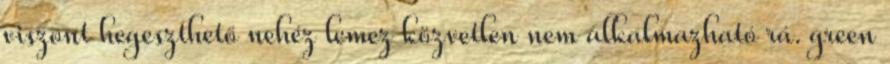
viszont hegeszthető nehéz lemez közvetlen nem alkalmazható rá. green